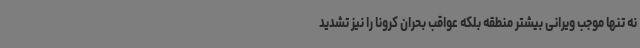
نه تنها موجب ویرانی بیشتر منطقه بلکه عواقب بحران کرونا را نیز تشدید